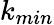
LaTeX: k_{min}